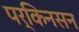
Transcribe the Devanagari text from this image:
पर्किनसन